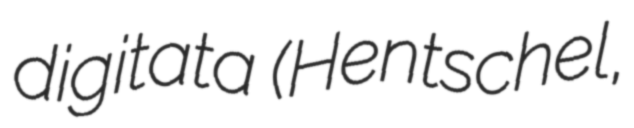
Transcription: digitata (Hentschel,